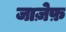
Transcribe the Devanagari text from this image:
जाज़ेफ़